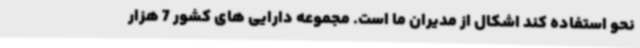
نحو استفاده کند اشکال از مدیران ما است. مجموعه دارایی های کشور 7 هزار